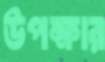
উপক্ষার